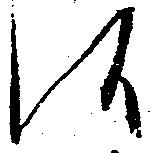
候